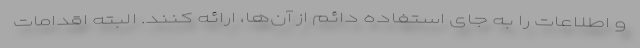
و اطلاعات را به جای استفاده دائم از آن‌ها، ارائه کنند. البته اقدامات